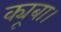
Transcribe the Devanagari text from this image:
क्यूबा।